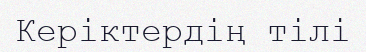
Керіктердің тілі